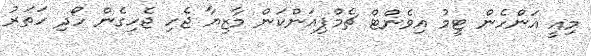
މިއީ އަންހެން ޓީމު އިވެންޓް ޗެމްޕިއަންކަން މާޒިޔާ ޖެހި ޖެހިގެން ހޯދި ހަތަރު